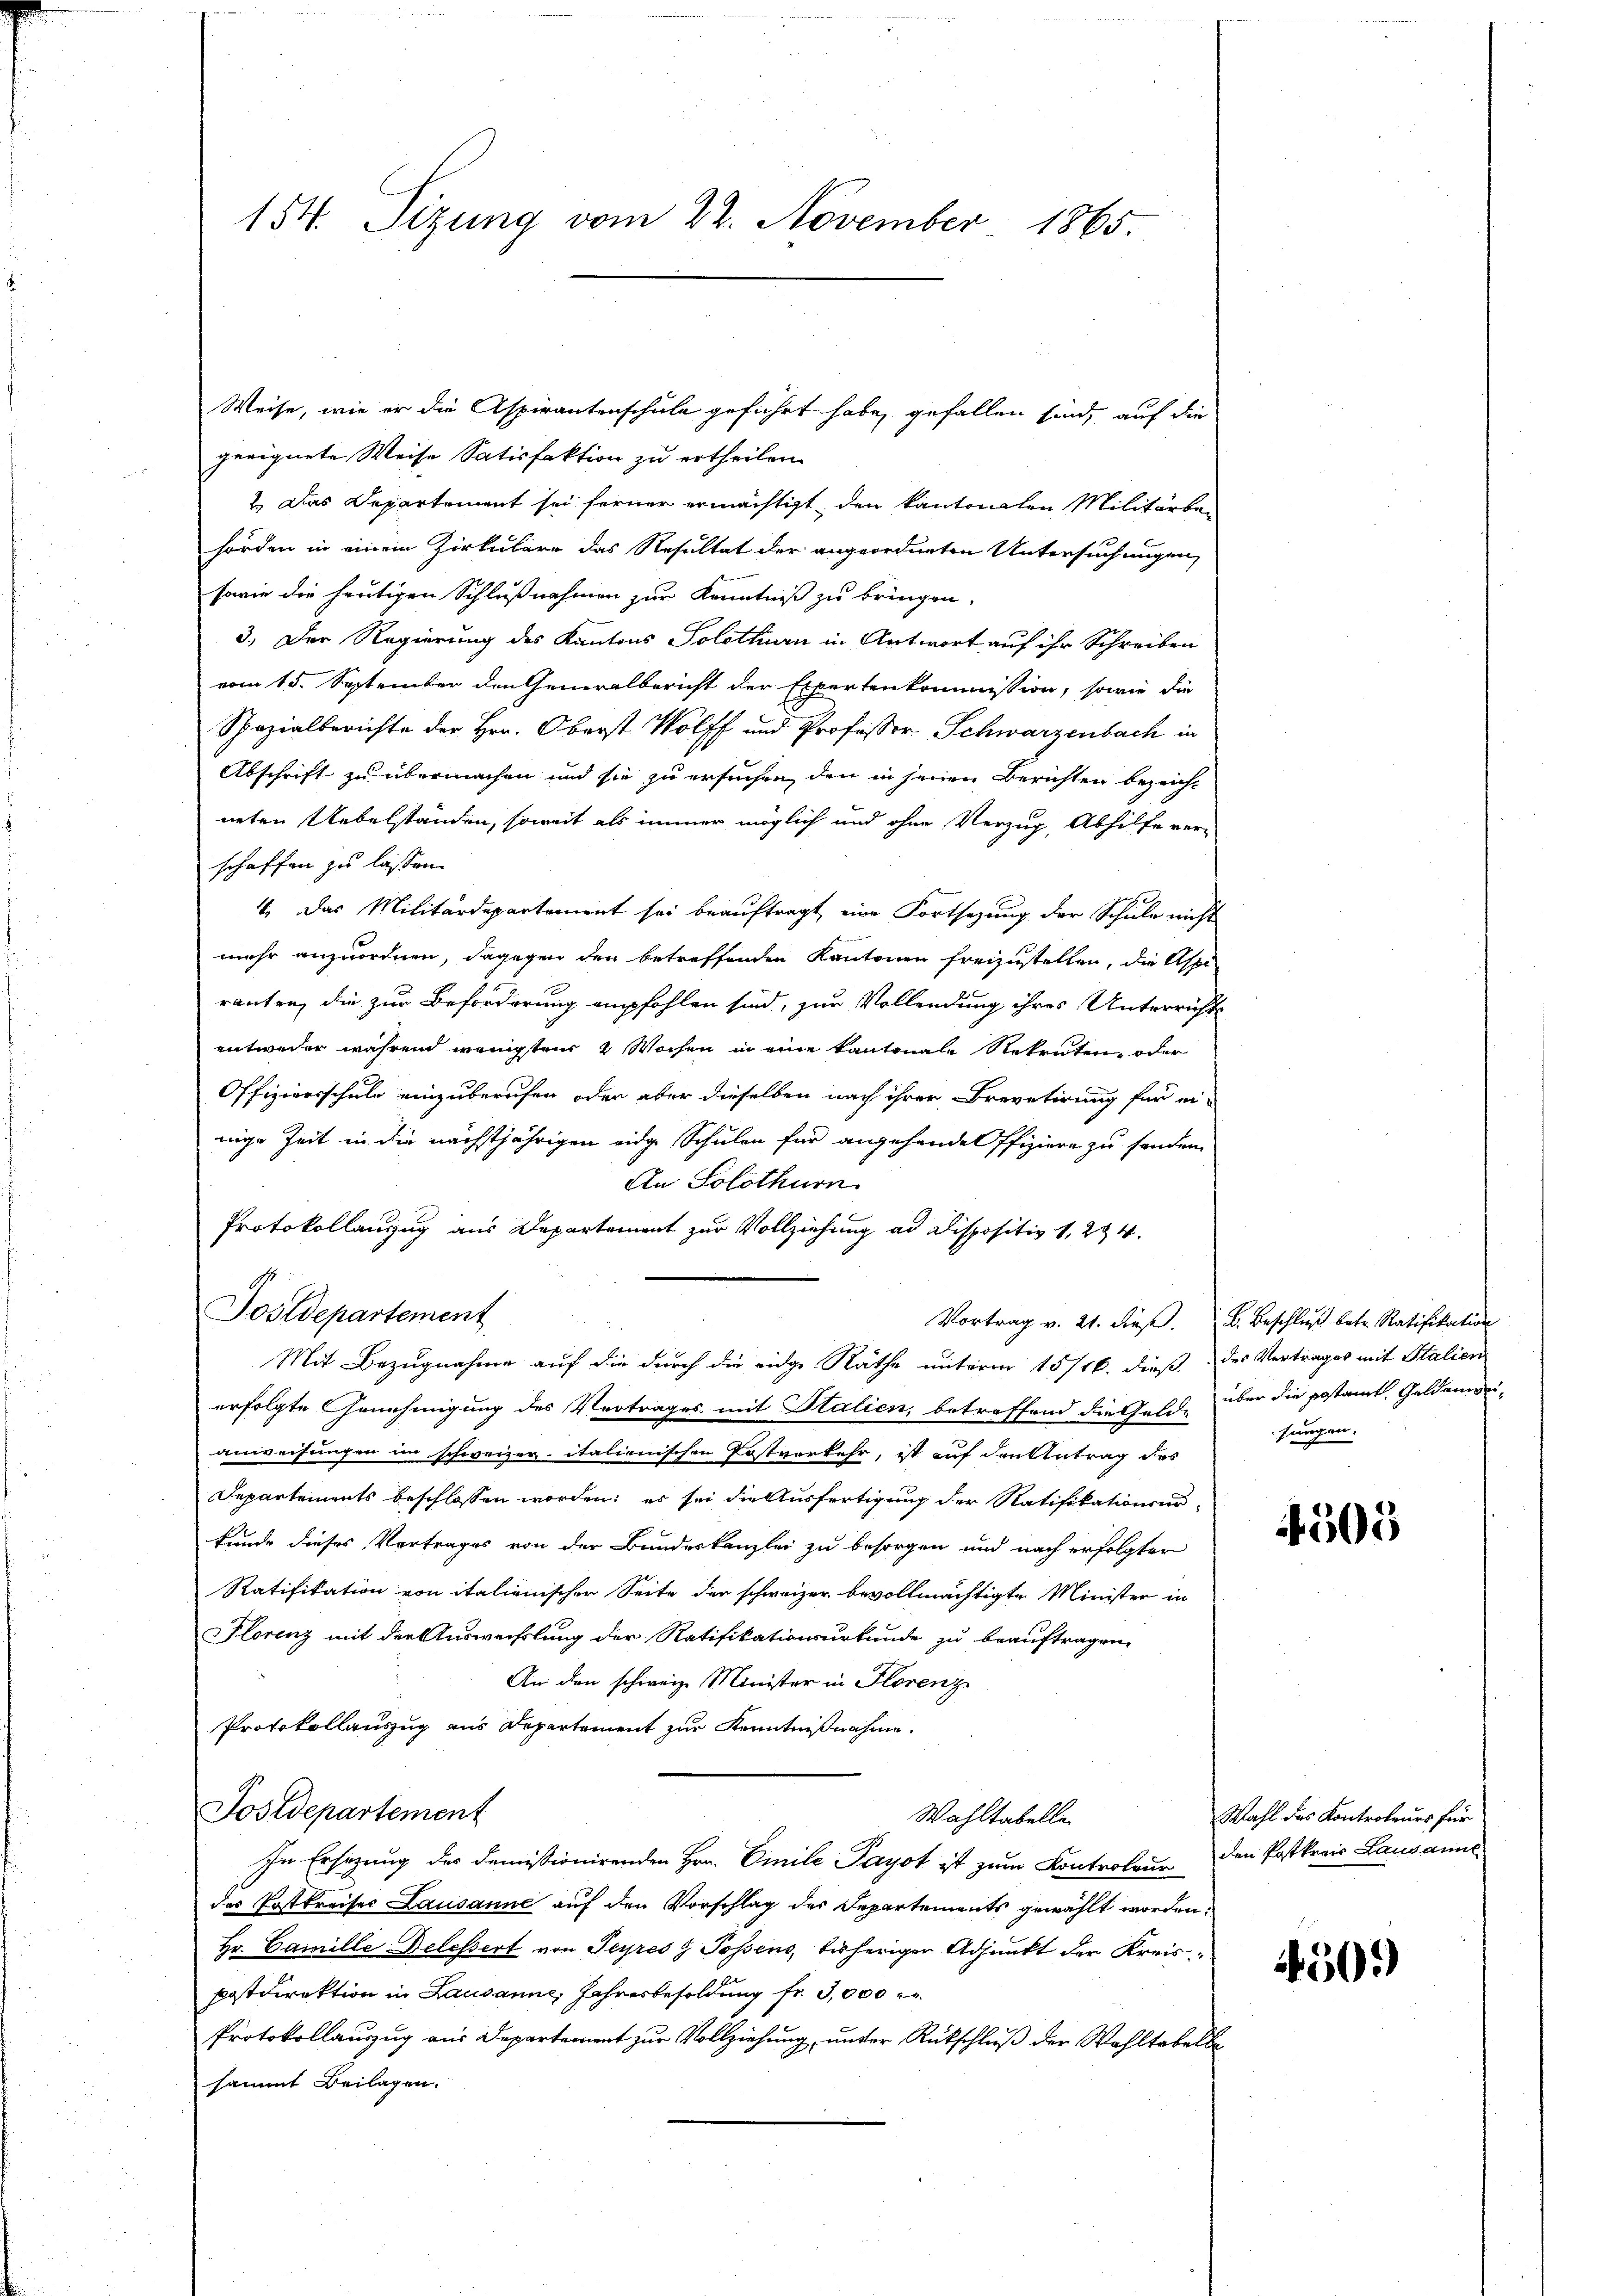
154. Sizung vom 22. November 1865.

Weise, wie er die Aspirantenschule geführt habe, gefallen sind, auf die
geeignete Weise Satisfaktion zu ertheilen.
2.) Das Departement sei ferner ermächtigt, den kantonalen Militärbehörden in einem Zirkulare das Resultat der angeordneten Untersuchungen
sowie die heutigen Schlußnahmen zur Kenntniß zu bringen.
3.) Der Regierung des Kantons Solothurn in Antwort auf ihr Schreiben
vom 15. September den Generalbericht der Expertenkommission, sowie die
Spezialberichte der Hrn. Oberst Wolff und Professor Schwarzenbach in
Abschrift zu übermachen und sie zu ersuchen, den in seinen Berichten bezeicht
neten Uebelständen, soweit als immer möglich und ohne Verzug, Abhilfe verschaffen zu lassen.
4. Das Militärdepartement sei beauftragt, eine Fortsetzung der Schule nicht
mehr anzuordnen, dagegen den betreffenden Kantonen freizustellen, die Aspi
ranten, die zur Beforderung empfohlen sind, zur Vollendung ihres Unterrichts
entweder während wenigsten 4 Wochen in eine kantonale Rekruten, oder
Offiziersschule einzuberufen oder aber dieselben nach ihrer Brevetirung für ei-
nige Zeit in die nächstjährigen eidge Schulen für angehende Offiziere zu senden
An Solothurn
Protokollanzug aus Departement zur Vollziehung ad Dispositiv 1, 224.
Tostdepartement
Vortrag v. 21. dieß.
Mit Bezugnahme auf die durch die eidge Räthe unterm 15/16. dieß des Vertrages mit Stalien
erfolgte Genehmigung des Vertrages mit Italien, betreffend die Geld-
anweisungen im schweizer italionischen Postverkehr, ist auf den Antrag des
Departements beschlossen worden; es sei die Ausfertigung der Ratifikationsar
kunde dieses Vertrages von der Bundeskanzlei zu besorgen und nach erfolgter
Ratifikation von italienischer Seite der schweizer bevollmächtigte Minister in
Florenz mit der Auswechslung der Ratifikationsurkunde zu beauftragene
An den schweiz. Minister in Florenz
Protokollauszug aus Departement zur Kenntnißnahme.
Postdepartement
Wahltabelle.
In Ersezung des demissionirenden Hrn. Emile Payot ist zum Kontroleur den Postkreis Lausannes
des Postkreises Lausanne auf den Vorschlag des Departements gewählt worden.
Hr. Camille Delessert von Teyres & Possens, bisheriger Adjunkt der Kreispostdirektion in Lausanne, Jahresbesoldung fr. 3,000
Protokollauszug aus Departement zur Vollziehung, unter Rükschluß der Wohltobelbe
sammt Beilagen.

B. Beschluß betr. Ratifikation
über die postamt, Geldenweisungen.

4503

Wahl des Kontroleurs für

4505)